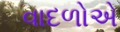
વાદળોએ